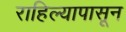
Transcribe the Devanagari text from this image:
राहिल्यापासून